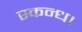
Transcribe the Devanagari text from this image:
स्कन्ध।